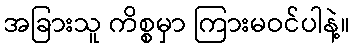
အခြားသူ ကိစ္စမှာ ကြားမဝင်ပါနဲ့။